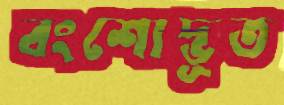
বংশোদ্ভূত